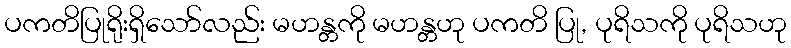
ပကတိပြုရိုးရှိသော်လည်း မဟန္တကို မဟန္တဟု ပကတိ ပြု, ပုရိသကို ပုရိသဟု